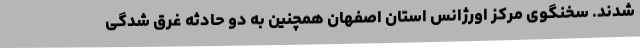
شدند. سخنگوی مرکز اورژانس استان اصفهان همچنین به دو حادثه غرق شدگی